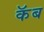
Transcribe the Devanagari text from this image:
कॅब